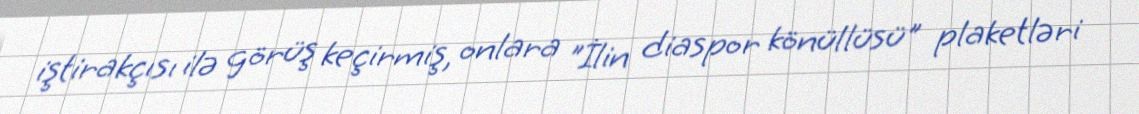
iştirakçısı ilə görüş keçirmiş, onlara "İlin diaspor könüllüsü" plaketləri